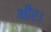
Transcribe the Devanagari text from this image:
भीर।